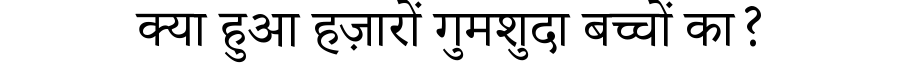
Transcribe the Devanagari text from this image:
क्या हुआ हज़ारों गुमशुदा बच्चों का?